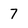
Character: 7